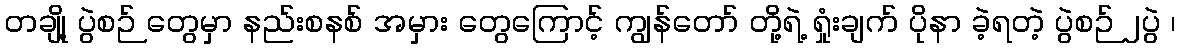
တချို့ ပွဲစဉ် တွေမှာ နည်းစနစ် အမှား တွေကြောင့် ကျွန်တော် တို့ရဲ့ ရှုံးချက် ပိုနာ ခဲ့ရတဲ့ ပွဲစဉ် ၂ပွဲ ၊